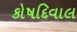
કોષદિવાલ